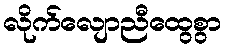
လိုက်လျောညီထွေစွာ